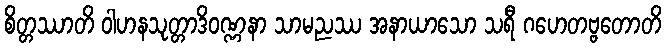
စိတ္တဿာတိ ဝါဟနသုတ္တာဒိဝဏ္ဏနာ သာမညဿ အနာယာသော သရီ ဂဟေတဗ္ဗတောတိ